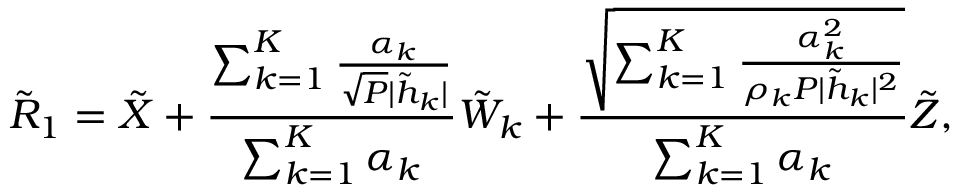
{ { { \tilde { R } } } _ { 1 } } = { { \tilde { X } } } + \frac { \sum _ { k = 1 } ^ { K } \frac { \alpha _ { k } } { \sqrt { P } | \tilde { h } _ { k } | } } { \sum _ { k = 1 } ^ { K } \alpha _ { k } } { \tilde { W } _ { k } } + \frac { \sqrt { \sum _ { k = 1 } ^ { K } \frac { \alpha _ { k } ^ { 2 } } { \rho _ { k } P | \tilde { h } _ { k } | ^ { 2 } } } } { \sum _ { k = 1 } ^ { K } \alpha _ { k } } { { \tilde { Z } } } ,